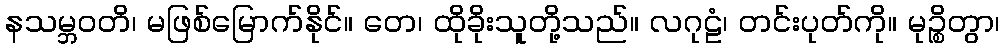
နသမ္ဘဝတိ၊ မဖြစ်မြောက်နိုင်။ တေ၊ ထိုခိုးသူတို့သည်။ လဂုဠံ၊ တင်းပုတ်ကို။ မုဉ္စိတွာ၊